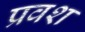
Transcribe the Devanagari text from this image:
प्रवश